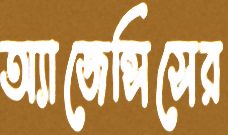
অ্যাজেন্সিসের